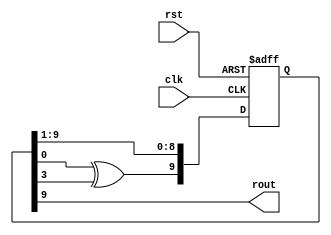
module lfsr(clk, rst, rout);
	input wire clk;
	input wire rst;
	output wire rout;
	
	reg[9:0] lfsr;

	always@(posedge clk or posedge rst)
		if (rst) lfsr[9:0] <= 1;
		else
		begin
			lfsr[8:0] <= lfsr[9:1];
			lfsr[9] <= lfsr[0]^lfsr[3];
		end

	assign rout = lfsr[9];

endmodule